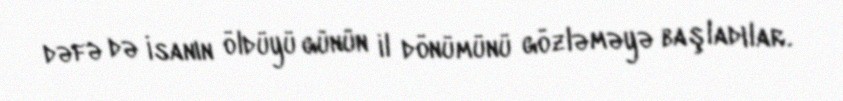
dəfə də İsanın öldüyü günün il dönümünü gözləməyə başladılar.